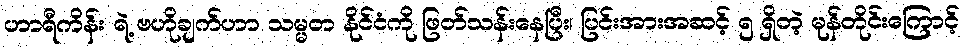
ဟာရီကိန်း ရဲ့ ဗဟိုချက်ဟာ သမ္မတ နိုင်ငံကို ဖြတ်သန်းနေပြီး၊ ပြင်းအားအဆင့် ၅ ရှိတဲ့ မုန်တိုင်းကြောင့်